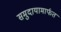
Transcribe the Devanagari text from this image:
समुदायामार्फत